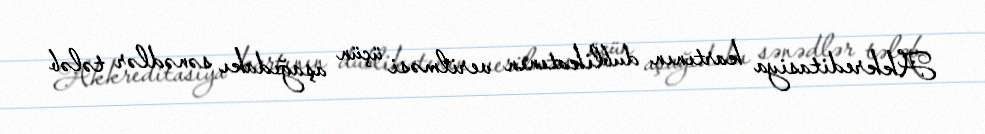
Akkreditasiya kartının dublikatının verilməsi üçün aşağıdakı sənədlər tələb